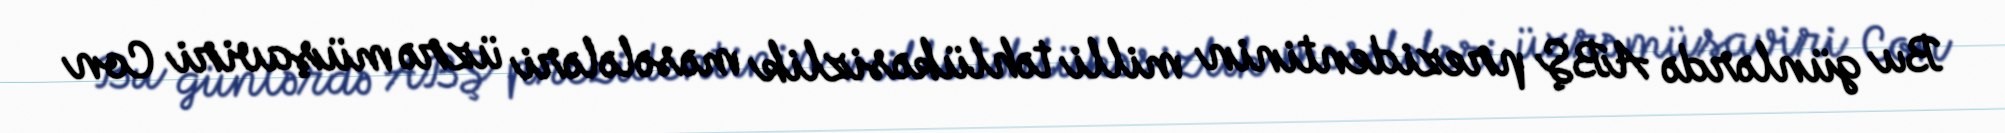
Bu günlərdə ABŞ prezidentinin milli təhlükəsizlik məsələləri üzrə müşaviri Con